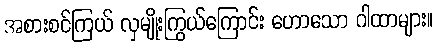
အစားစင်ကြယ် လှမျိုးကြွယ်ကြောင်း ဟောသော ဂါထာများ။